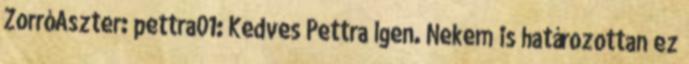
ZorróAszter: pettra01: Kedves Pettra Igen. Nekem is határozottan ez